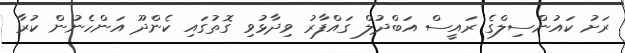
ރަށު ކައުންސިލްގެ ރައީސް އަބްދުލް ގައްފާރު ވިދާޅުވި ގޮތުގައި ކެންދޫ އަންހެނުން ކުރާ